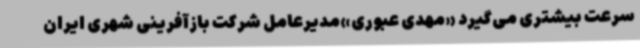
سرعت بیشتری می‌گیرد «مهدی عبوری»مدیرعامل شرکت بازآفرینی شهری ایران